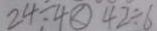
2 4 \div 4 \textcircled { < } 4 2 \div 6